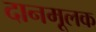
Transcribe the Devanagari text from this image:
दानमूलक